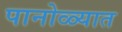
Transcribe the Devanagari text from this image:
पानोळ्यात